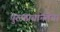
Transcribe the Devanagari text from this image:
पुरुषप्रधानतेचा